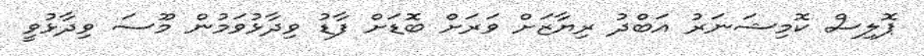
ޕޮލިސް ކޮމިޝަނަރު އަބްދު ރިޔާޒަށް ވަރަށް ބޮޑަށް ފާޑު ވިދާޅުވަމުން މޫސަ ވިދާޅުވީ